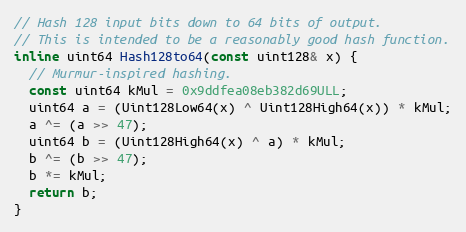
Language: C
// Hash 128 input bits down to 64 bits of output.
// This is intended to be a reasonably good hash function.
inline uint64 Hash128to64(const uint128& x) {
  // Murmur-inspired hashing.
  const uint64 kMul = 0x9ddfea08eb382d69ULL;
  uint64 a = (Uint128Low64(x) ^ Uint128High64(x)) * kMul;
  a ^= (a >> 47);
  uint64 b = (Uint128High64(x) ^ a) * kMul;
  b ^= (b >> 47);
  b *= kMul;
  return b;
}